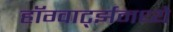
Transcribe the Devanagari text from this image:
हॉग्वार्ट्झमध्ये